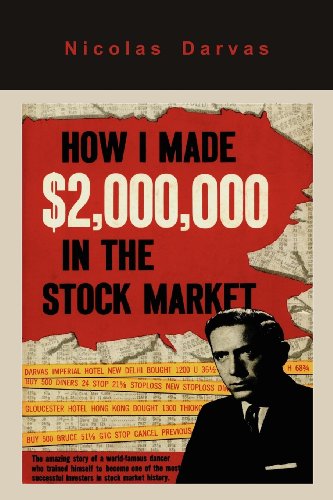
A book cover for How I Made $2,000,000 in the Stock Market; Nicolas Darvas; Business & Money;